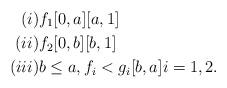
LaTeX: \begin{align*}(i) & f_{1} [0,a] [a,1] \\(ii) & f_{2} [0,b] [b,1]\\(iii) & b \le a, f_{i} < g_{i} [b,a] i = 1,2.\end{align*}